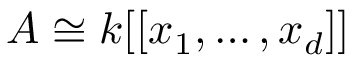
A \cong k [ [ x _ { 1 } , \ldots , x _ { d } ] ]